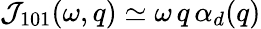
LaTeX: {\cal J}_{101}(\omega,q)\simeq\omega\, q\, \alpha_{d}(q)